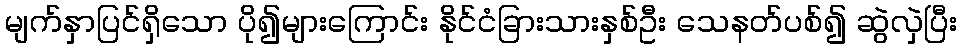
မျက်နှာပြင်ရှိသော ပို၍များကြောင်း နိုင်ငံခြားသားနှစ်ဦး သေနတ်ပစ်၍ ဆွဲလှဲပြီး